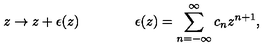
z \rightarrow z + \epsilon ( z ) \qquad \qquad \epsilon ( z ) = \sum _ { n = - \infty } ^ { \infty } c _ { n } z ^ { n + 1 } ,